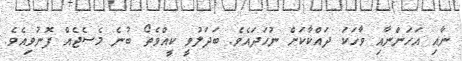
ނާއި އަހަންނާއި ވާހަކަ ދައްކާކަށް ނުހަދައެވެ. ބަދަލުވީ ކީއްވެތޯ ބުނެ މެސެޖެއް ފޮނުވިއެވެ.